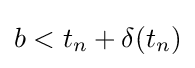
b<t_{n}+\delta (t_{n})